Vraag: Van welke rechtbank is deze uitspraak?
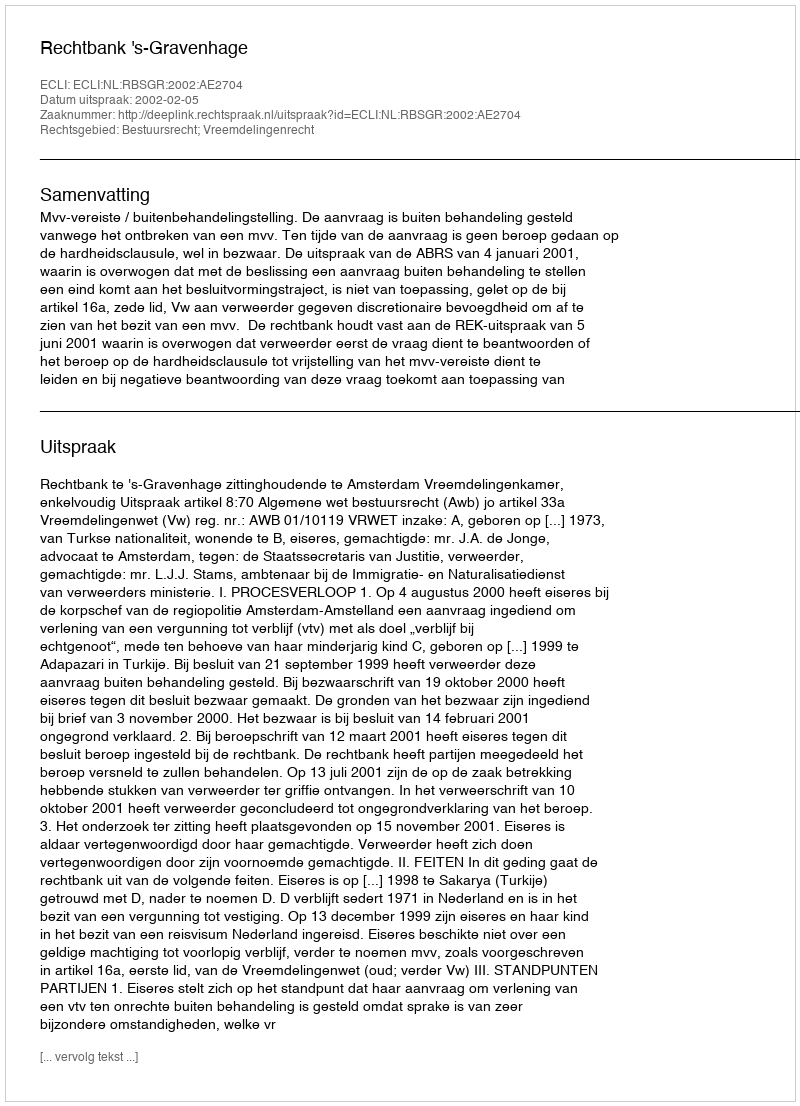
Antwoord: Rechtbank 's-Gravenhage